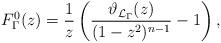
LaTeX: \begin{align*}F_\Gamma^{0}(z)= \frac{1}{z}\left(\frac{\vartheta_{\mathcal L_\Gamma}(z)}{(1-z^2)^{n-1}} -1\right),\end{align*}